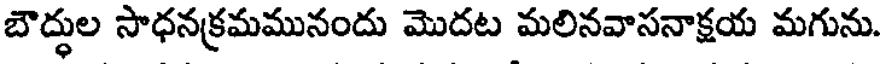
బౌద్ధుల సాధనక్రమమునందు మొదట మలినవాసనాక్షయ మగును.